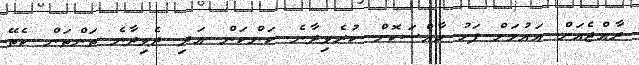
ރާއްޖެއަށް އައުމަށް ފަހު ހާއްސަކޮށް ކުރެވިދާނެ ކަންކަން އަދި ދެވިދާނެ ތަންތަން ކެތޭ